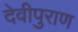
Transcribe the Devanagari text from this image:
देवीपुराण